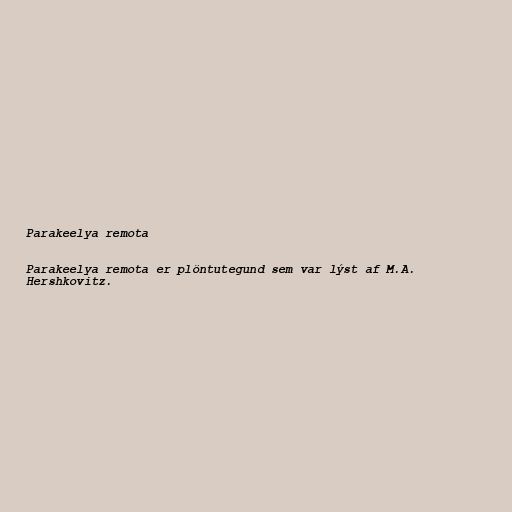
Parakeelya remota

Parakeelya remota er plöntutegund sem var lýst af M.A.
Hershkovitz.